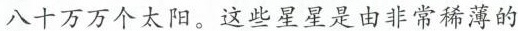
八十万万个太阳。这些星星是由非常稀薄的